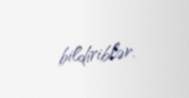
bildiriblər.